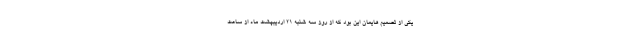
یکی از تصمیم هایمان این بود که از روز سه شنبه ۲۱ اردیبهشت ماه از ساعت